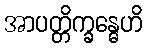
အာပတ္တိက္ခန္ဓေဟိ